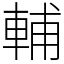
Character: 輔